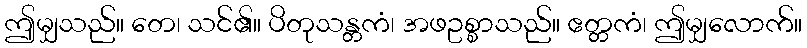
ဤမျှသည်။ တေ၊ သင်၏။ ပိတုသန္တကံ၊ အဖဥစ္စာသည်။ ဧတ္တကံ၊ ဤမျှလောက်။